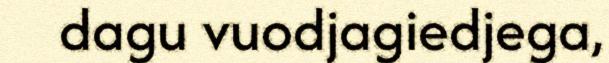
dagu vuodjagiedjega,